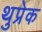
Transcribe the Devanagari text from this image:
थुप्रेक